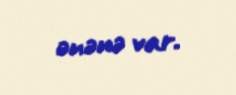
ənənə var.